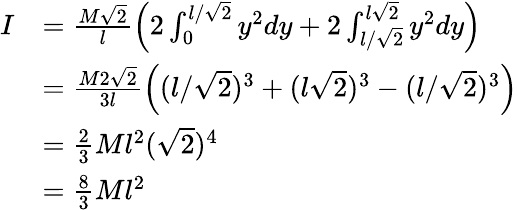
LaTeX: \begin{array}{rl}{I}&{=\frac{M\sqrt{2}}{l}\left(2\int_{0}^{l/\sqrt{2}}y^{2}dy+2\int_{l/\sqrt{2}}^{l\sqrt{2}}y^{2}dy\right)}\\ &{=\frac{M2\sqrt{2}}{3l}\left((l/\sqrt{2})^{3}+(l\sqrt{2})^{3}-(l/\sqrt{2})^{3}\right)}\\ &{=\frac{2}{3}Ml^{2}(\sqrt{2})^{4}}\\ &{=\frac{8}{3}Ml^{2}}\end{array}